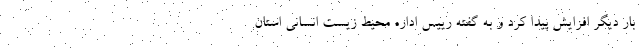
بار دیگر افزایش پیدا کرد و به گفته رییس اداره محیط زیست انسانی استان